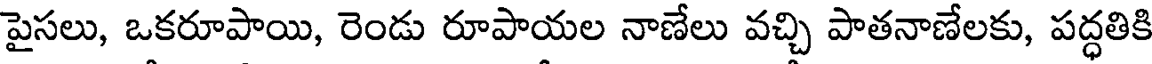
పైసలు, ఒకరూపాయి, రెండు రూపాయల నాణేలు వచ్చి పాతనాణేలకు, పద్ధతికి